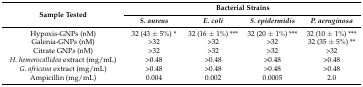
| <ROWSPAN=2> Sample Tested | <COLSPAN=4> Bacterial Strains |
 | S. aureus | E. coli | S. epidermidis | P. aeruginosa |
 | --- | --- | --- | --- | --- |
 | Hypoxis-GNPs (nM) | 32 (43 ± 5%) * | 32 (16 ± 1%) *** | 32 (20 ± 1%) *** | 32 (10 ± 1%) *** |
 | Galenia-GNPs (nM) | >32 | >32 | >32 | 32 (35 ± 5%) ** |
 | Citrate GNPs (nM) | >32 | >32 | >32 | >32 |
 | H. hemerocallidea extract (mg/mL) | >0.48 | >0.48 | >0.48 | >0.48 |
 | G. africana extract (mg/mL) | >0.48 | >0.48 | >0.48 | >0.48 |
 | Ampicillin (mg/mL) | 0.004 | 0.002 | 0.0005 | 2.0 |